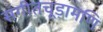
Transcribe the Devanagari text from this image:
संगीतचूड़ामणि